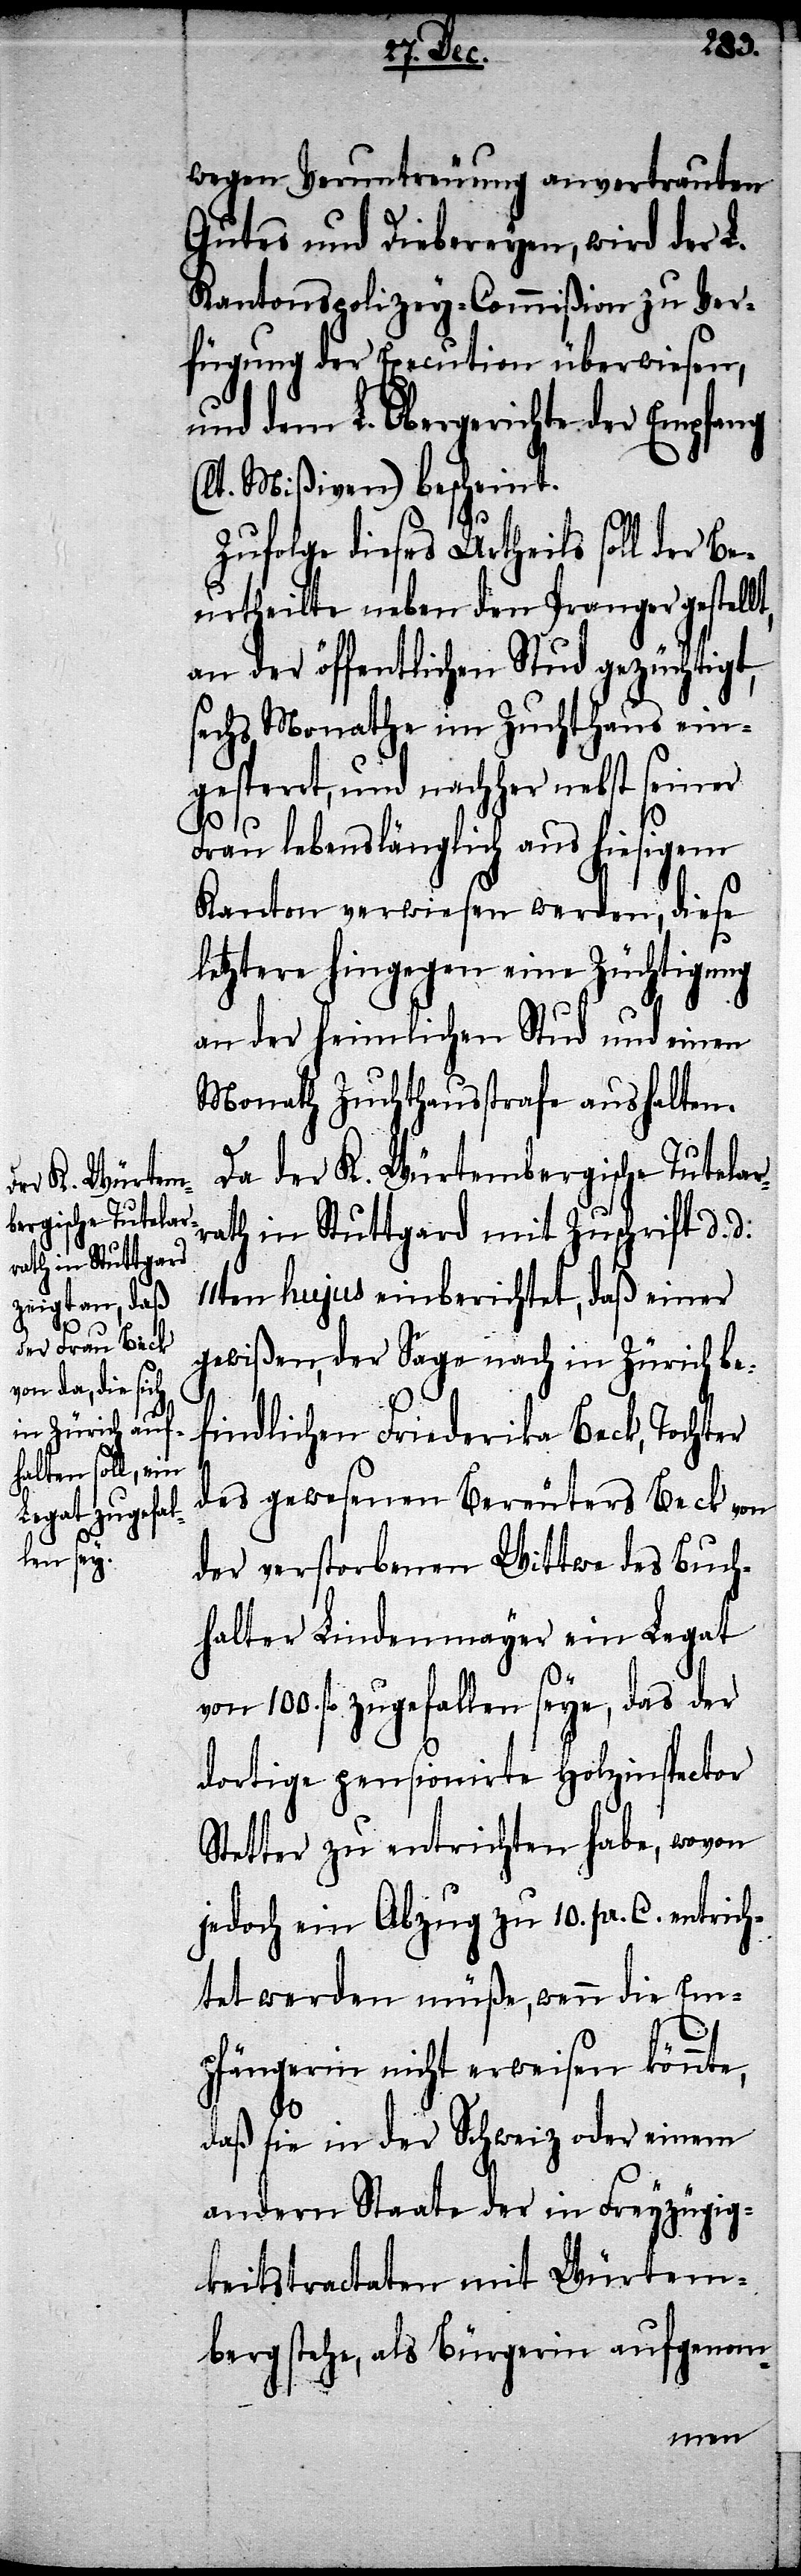
wegen Veruntreuung anvertrauten
Gutes und Diebereyen, wird der L.
Kantonspolizey-Commißion zu Ver¬
fügung der Execution überwiesen,
und dem L. Obergerichte der Empfang
(lt. Mißiven) bescheint.
Zufolge diese Urtheils soll der Be¬
urtheilte neben den Pranger gestellt,
an der öffentlichen Stud gezüchtigt,
sechs Monathe im Zuchthaus ein¬
gesperrt, und nachher nebst seiner
Frau lebenslänglich aus hiesigem
Kanton verwiesen werden, diese
letztere hingegen eine Züchtigung
an der heimlichen Stud und einen
Monath Zuchthausstrafe aushalten.
Da der K. Würtembergische Tutelar¬
rath in Stuttgard mit Zuschrift d. d.
11ten hujus einberichtet, daß einer
gewißen, der Sage nach in Zürich be¬
findlichen Friederika Beck, Tochter
der gewesenen Bereuters Beck von
der verstorbenen Wittwe des Buch¬
halter Lindenmeyer ein Legat
von 100. fl. zugefallen seye, das der
dortige pensionirte Holzinspector
Stetter zu entrichten habe, wovon
jedoch ein Abzug zu 10 .pr. C. entrich¬
tet werden müßen, wenn die Em¬
pfängerin nicht erweisen könnte,
daß sie in der Schweiz oder einem
andern Staate der in Freyzügig¬
keitstractaten mit Würtem¬
berg stehe, als Bürgerin aufgenom-